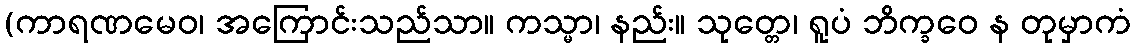
(ကာရဏမေဝ၊ အကြောင်းသည်သာ။ ကသ္မာ၊ နည်း။ သုတ္တေ၊ ရူပံ ဘိက္ခဝေ န တုမှာကံ